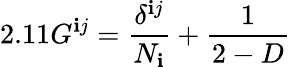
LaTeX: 2.11G^{\mathbf{i}j}=\frac{{\delta^{\mathbf{i}j}}}{{N_{\mathbf{i}}}}+\frac{{1}}{{2-D}}